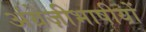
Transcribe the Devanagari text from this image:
अंग्रेज़ीभाषीयों